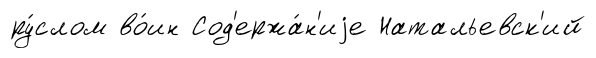
ру́слом во́ин Сод'ержа́н'иjе Натальевск'ий